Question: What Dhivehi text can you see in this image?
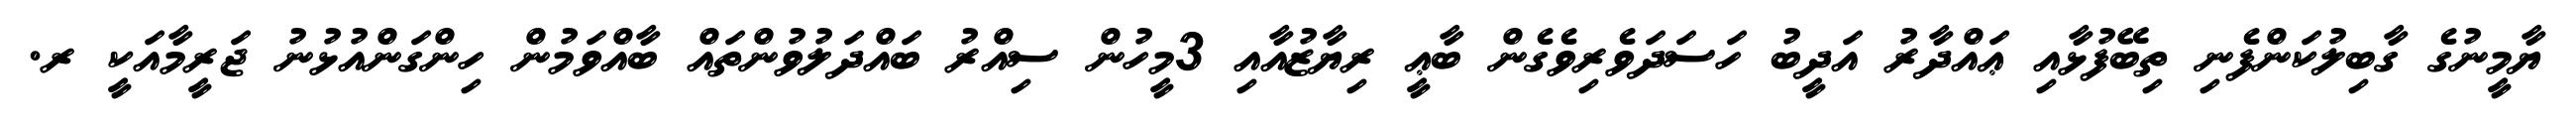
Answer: ޔާމީނުގެ ގާބިލުކަންފެނި ތިބޭފުޅާއި ޢައްދާރު އަދީބު ހަސަދަވެރިވެގެން ބާޢީ ރިޔާޒުއާއި 3މީހުން ސިއްރު ބައްދަލުވުންތައް ބާއްވަމުން ހިންގަންއުޅުނު ޖަރީމާއަކީ ރ.